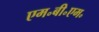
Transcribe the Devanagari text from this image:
एम॰बी॰एम॰